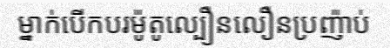
ម្នាក់បើកបរម៉ូតូល្បឿនលឿនប្រញ៉ាប់